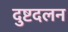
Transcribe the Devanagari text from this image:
दुष्टदलन